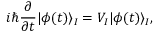
i \hbar \frac { \partial } { \partial t } | \phi ( t ) \rangle _ { I } = V _ { I } | \phi ( t ) \rangle _ { I } ,